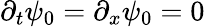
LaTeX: \partial_{t}\psi_{0}=\partial_{x}\psi_{0}=0